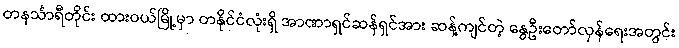
တနင်္သာရီတိုင်း ထားဝယ်မြို့မှာ တနိုင်ငံလုံးရှိ အာဏာရှင်ဆန်ရှင်အား ဆန့်ကျင်တဲ့ နွေဦးတော်လှန်ရေးအတွင်း